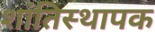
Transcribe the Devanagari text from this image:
शांतिस्थापक